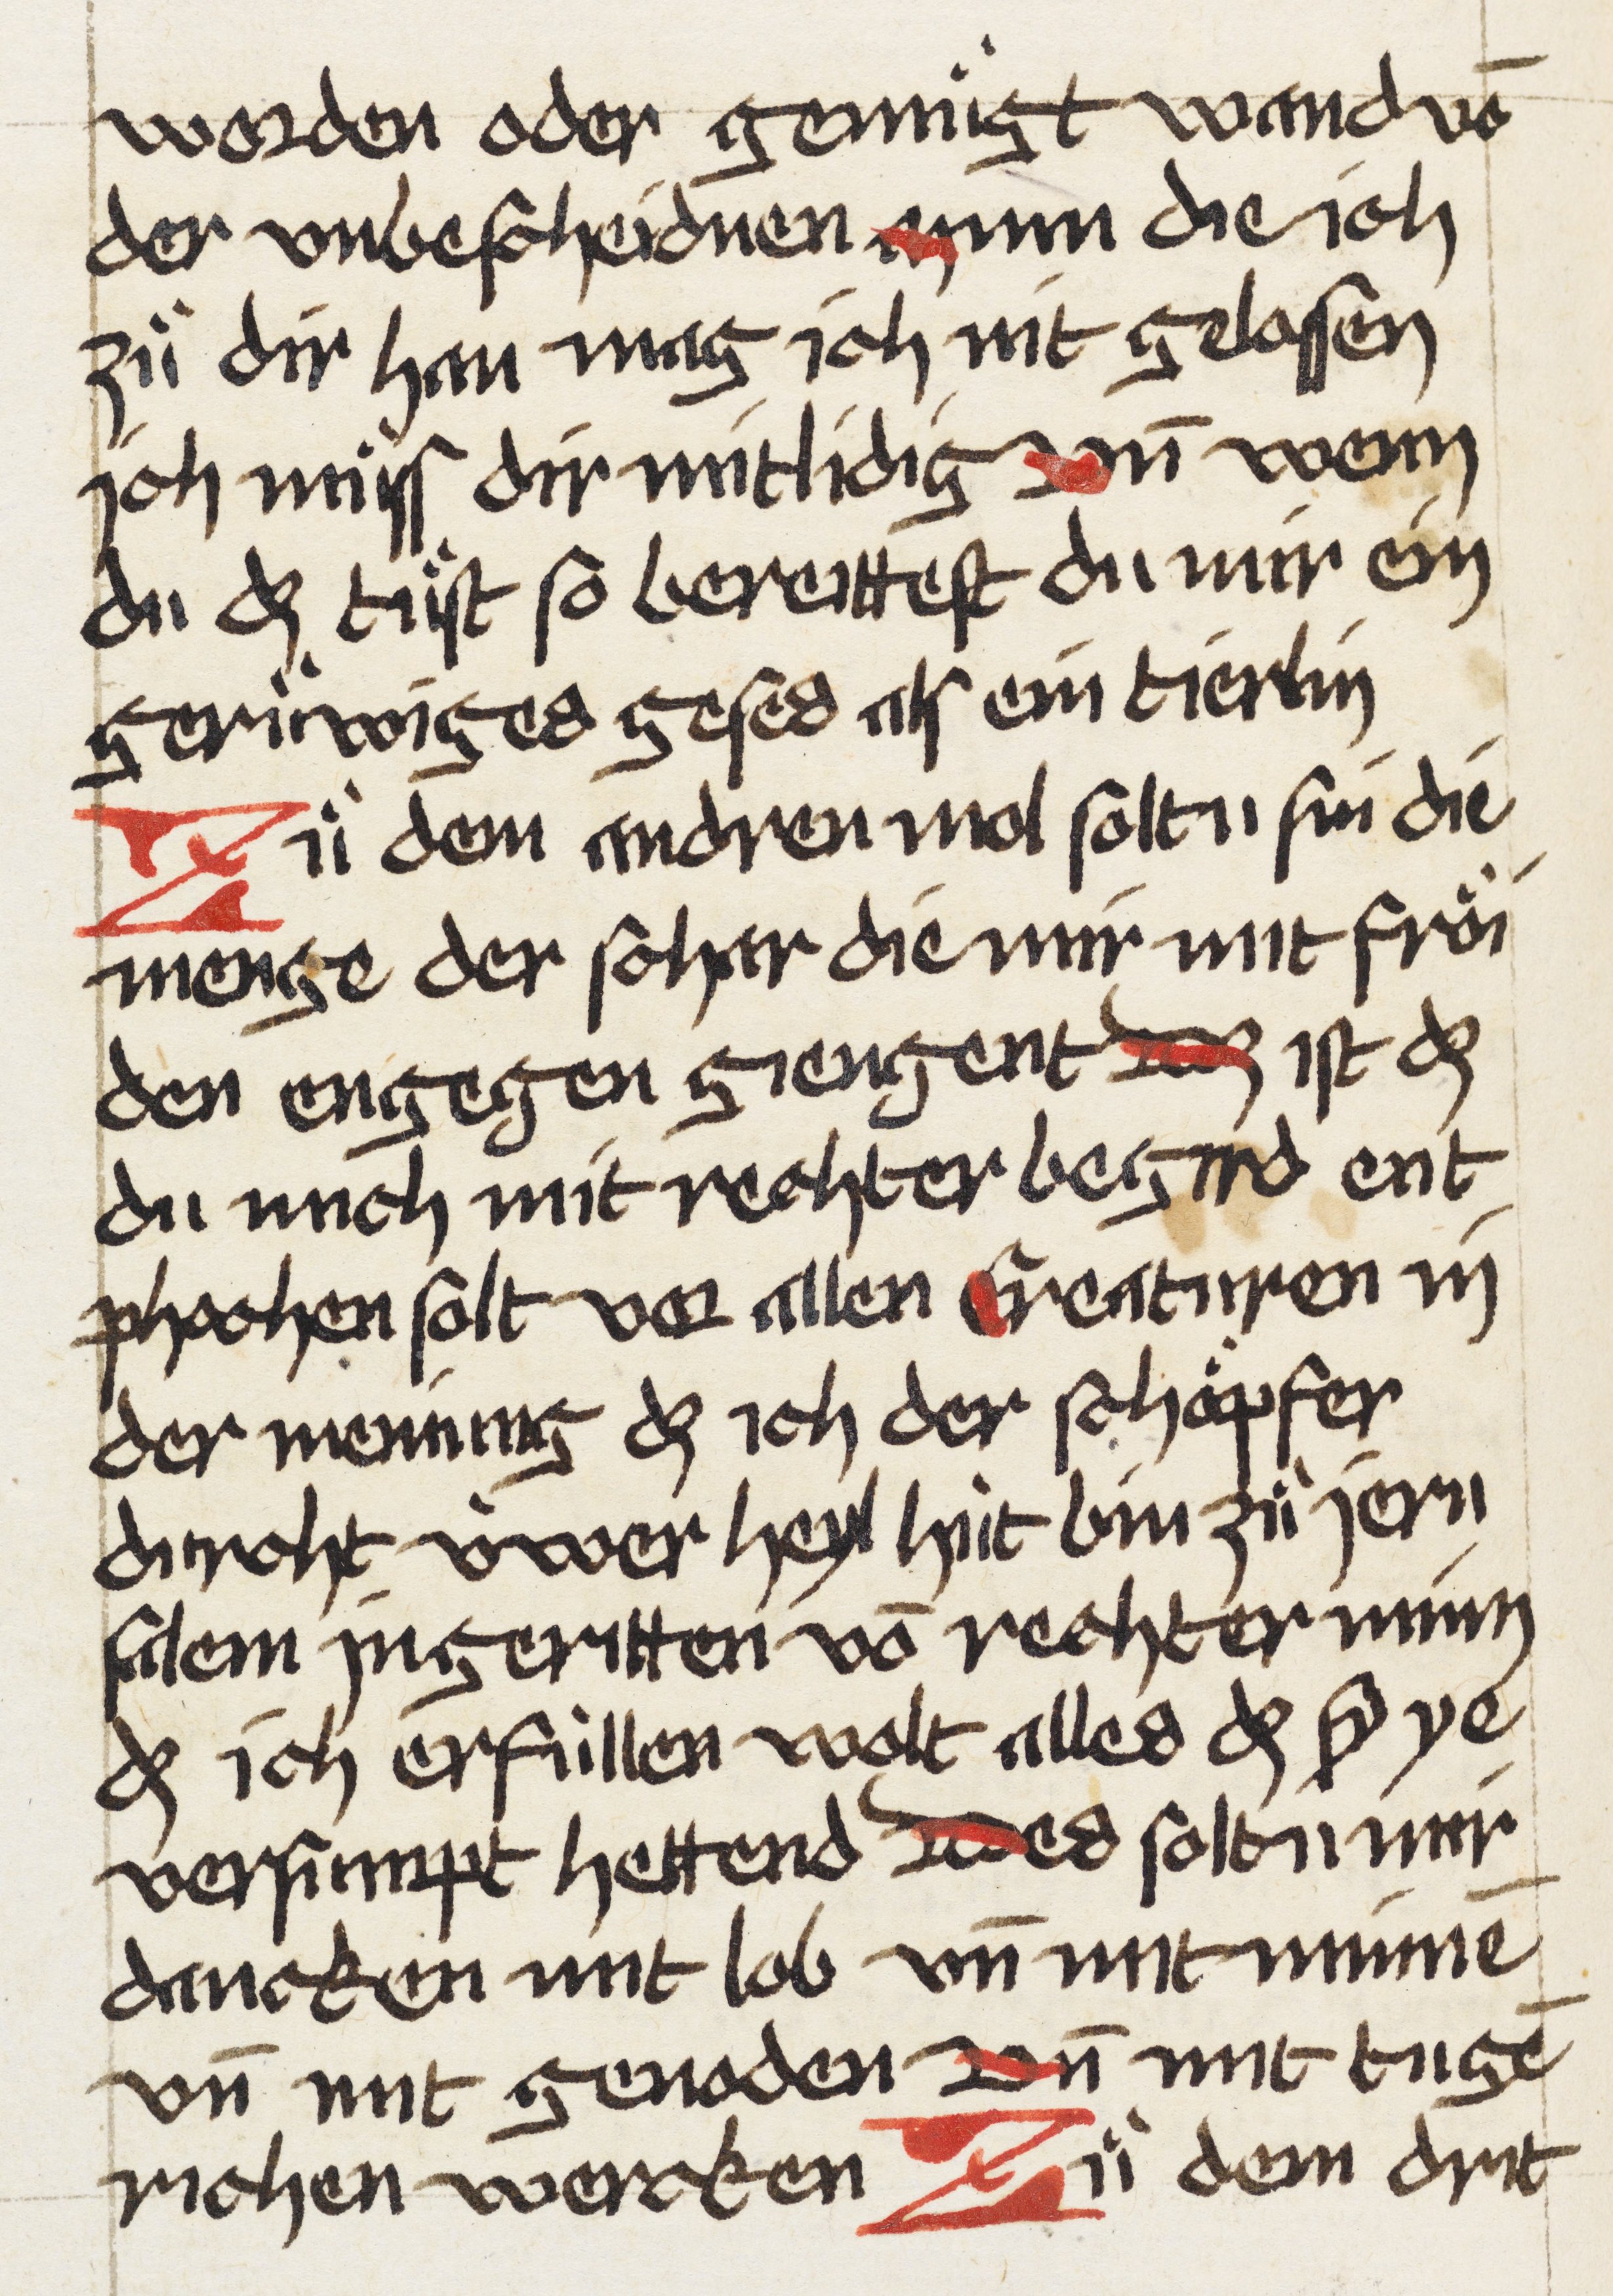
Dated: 1507–1507